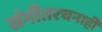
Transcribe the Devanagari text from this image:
संगीतरचनाही